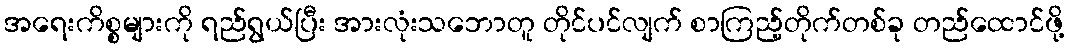
အရေးကိစ္စများကို ရည်ရွယ်ပြီး အားလုံးသဘောတူ တိုင်ပင်လျက် စာကြည့်တိုက်တစ်ခု တည်ထောင်ဖို့